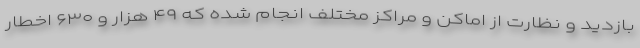
بازدید و نظارت از اماکن و مراکز مختلف انجام شده که ۴۹ هزار و ۶۳۰ اخطار